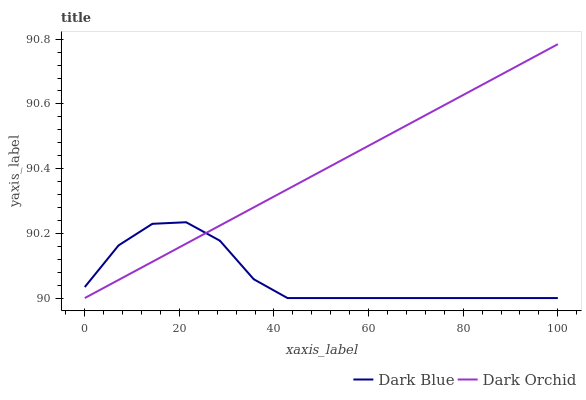
| xaxis_label | Dark Blue | Dark Orchid |
 | --- | --- | --- |
 | 0 | 90 | 90 |
 | 7.14 | 90.2 | 90.1 |
 | 14.3 | 90.2 | 90.1 |
 | 21.4 | 90.2 | 90.2 |
 | 28.6 | 90.2 | 90.2 |
 | 35.7 | 90.1 | 90.3 |
 | 42.9 | 90 | 90.3 |
 | 50 | 90 | 90.4 |
 | 57.1 | 90 | 90.4 |
 | 64.3 | 90 | 90.5 |
 | 71.4 | 90 | 90.6 |
 | 78.6 | 90 | 90.6 |
 | 85.7 | 90 | 90.7 |
 | 92.9 | 90 | 90.7 |
 | 100 | 90 | 90.8 |